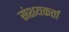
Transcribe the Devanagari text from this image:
संशयकर्ता